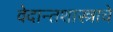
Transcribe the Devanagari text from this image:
वेदान्तशास्त्राचे